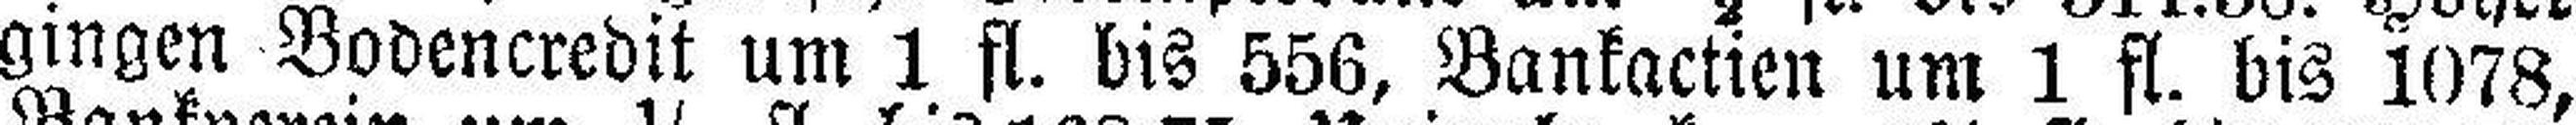
gingen Bodencredit um 1 fl. bis 556, Bankactien um 1 fl. bis 1078,